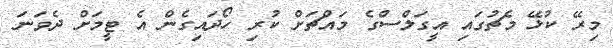
މިރޭ ކުޅޭ މެޗުގައި އީގަލްސްގެ މައްޗަށް ކުރި ހޯދައިގެން އެ ޓީމަށް ދެވަނަ